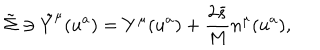
LaTeX: \tilde { \Sigma } \ni \tilde { Y } ^ { \mu } ( u ^ { a } ) = Y ^ { \mu } ( u ^ { a } ) + \frac { 2 \bar { s } } { M } n ^ { \mu } ( u ^ { a } ) ,